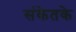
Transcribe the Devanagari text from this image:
संकेतके